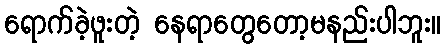
ရောက်ခဲ့ဖူးတဲ့ နေရာတွေတော့မနည်းပါဘူး။